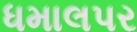
ધમાલપર